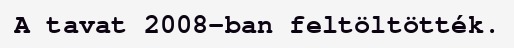
A tavat 2008-ban feltöltötték.